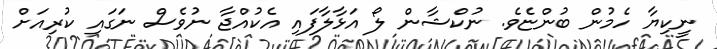
ނީކިޔާ ހެމުން ބުންޏެވެ. ނުކްޝާން ލޯ އަޅާލާފައި އެކުއްޖާ ނުވެސް ނަގައި ކުރިއަށް